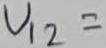
Text: U12=